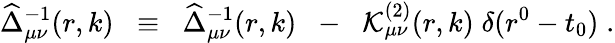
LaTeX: \widehat{\Delta}_{\mu\nu}^{-1}(r,k)\; \; \equiv\; \; \widehat{\Delta}_{\mu\nu}^{-1}(r,k)\; \; -\; \; {\cal K}_{\mu\nu}^{(2)}(r,k)\; \delta(r^{0}-t_{0})\; .